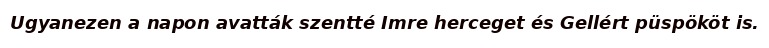
Ugyanezen a napon avatták szentté Imre herceget és Gellért püspököt is.